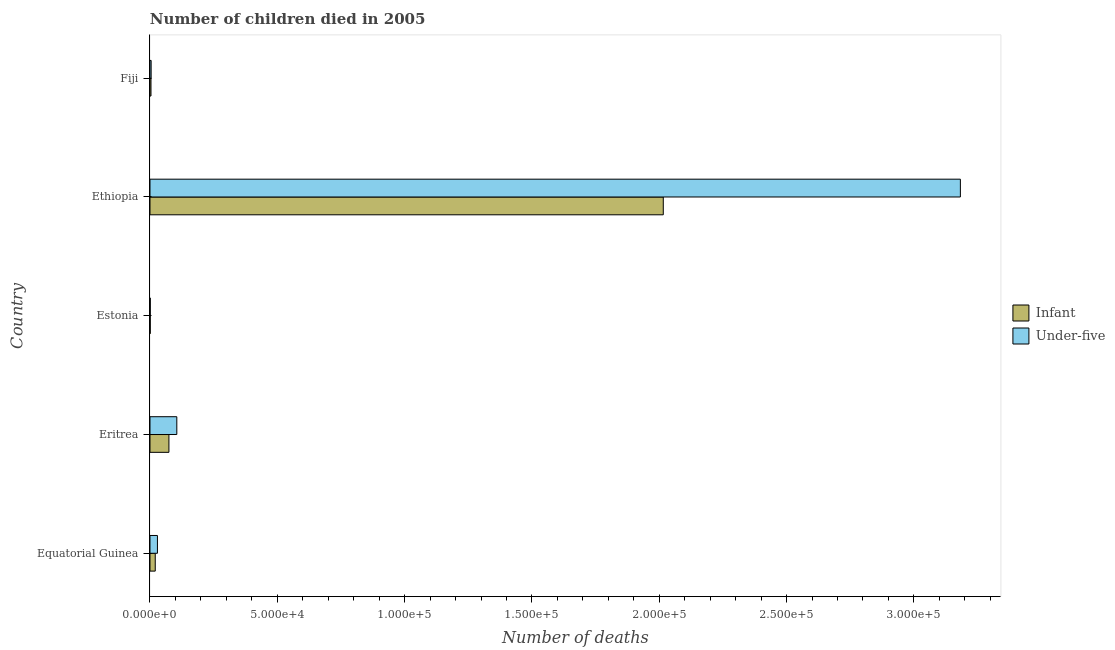
| Country | Infant | Under-five |
 | --- | --- | --- |
 | Equatorial Guinea | 2.06e+03 | 2.93e+03 |
 | Eritrea | 7.43e+03 | 1.05e+04 |
 | Estonia | 90 | 110 |
 | Ethiopia | 2.02e+05 | 3.18e+05 |
 | Fiji | 389 | 454 |